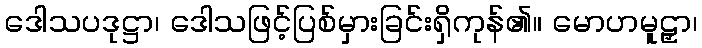
ဒေါသပဒုဋ္ဌာ၊ ဒေါသဖြင့်ပြစ်မှားခြင်းရှိကုန်၏။ မောဟမူဠှာ၊